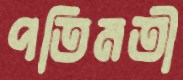
পতিমতী